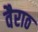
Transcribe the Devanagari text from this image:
वैराठ